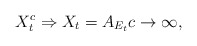
\begin{align*}X_{t}^{c}\Rightarrow X_{t}=A_{E_{t}}c\rightarrow\infty,\end{align*}